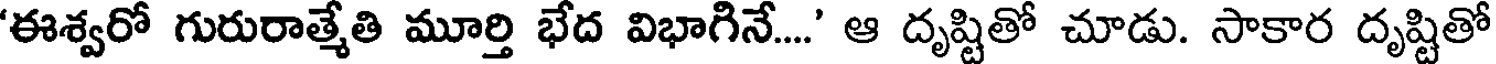
'ఈశ్వరో గురురాత్మేతి మూర్తి భేద విభాగినే....' ఆ దృష్టితో చూడు. సాకార దృష్టితో